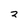
Character: 2